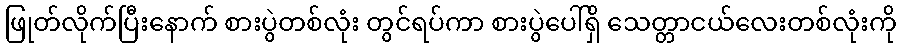
ဖြုတ်လိုက်ပြီးနောက် စားပွဲတစ်လုံး တွင်ရပ်ကာ စားပွဲပေါ်ရှိ သေတ္တာငယ်လေးတစ်လုံးကို